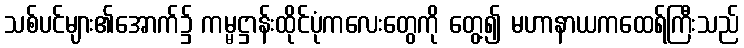
သစ်ပင်များ၏အောက်၌ ကမ္မဋ္ဌာန်းထိုင်ပုံကလေးတွေကို တွေ့၍ မဟာနာယကထေရ်ကြီးသည်